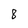
Character: 8